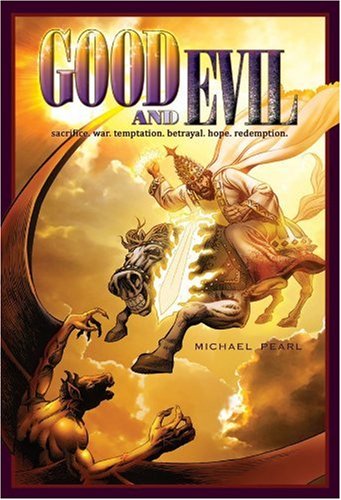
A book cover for Good and Evil; Michael Pearl; Comics & Graphic Novels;